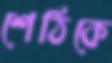
শেঠিকে